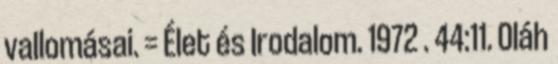
vallomásai. = Élet és Irodalom. 1972 . 44:11. Oláh